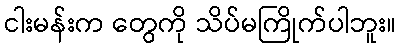
ငါးမန်းက တွေကို သိပ်မကြိုက်ပါဘူး။